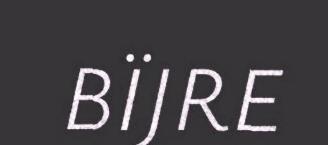
BÏJRE